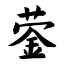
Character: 蓥